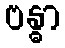
ဗန္ဓာ